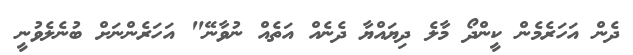
ދެން އަހަރެމެން ކީންދޯ މާލެ ދިޔައްޔާ ދެނެއް އަތެއް ނުވާނޭ" އަހަރެންނަށް ބުނެލެވުނީ